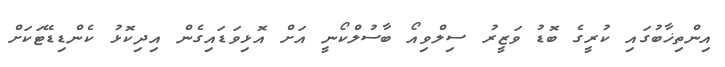
އިންތިޚާބުގައި ކުރީގެ ބޮޑު ވަޒީރު ސިލްވިއޯ ބާސުލްކޯނީ އަށް އޮޅިވަޑައިގެން އިދިކޮޅު ކެންޑިޑޭޓަކަށް